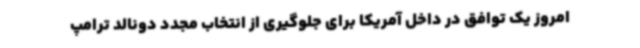
امروز یک توافق در داخل آمریکا برای جلوگیری از انتخاب مجدد دونالد ترامپ